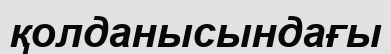
қолданысындағы